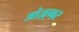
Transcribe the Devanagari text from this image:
ओज़्गर